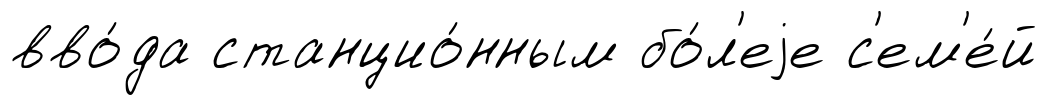
вво́да станцио́нным бо́л'еjе с'ем'е́й